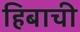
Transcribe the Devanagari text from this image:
हिबाची